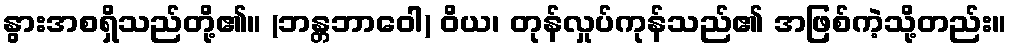
နွားအစရှိသည်တို့၏။ (ဘန္တဘာဝေါ) ဝိယ၊ တုန်လှုပ်ကုန်သည်၏ အဖြစ်ကဲ့သို့တည်း။